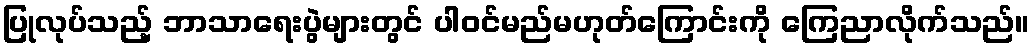
ပြုလုပ်သည့် ဘာသာရေးပွဲများတွင် ပါဝင်မည်မဟုတ်ကြောင်းကို ကြေညာလိုက်သည်။